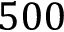
5 0 0